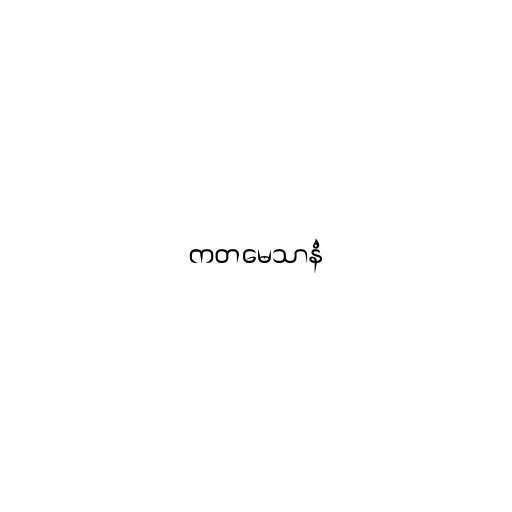
ကတမေသာနံ